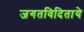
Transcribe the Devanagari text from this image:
जगतविदिताये